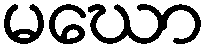
မဃော